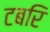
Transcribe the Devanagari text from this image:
टबरि